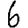
Digit: 6